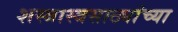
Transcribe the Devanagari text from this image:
शस्त्रास्त्रसाठ्यांच्या